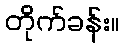
တိုက်ခန်း။